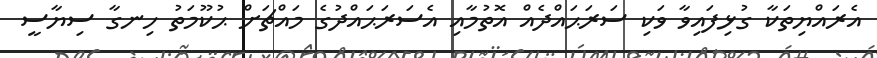
އެރައްޔިތަކާ ގުޅިފައިވާ ވަކި ސަރަޙައްދެއް އޮތުމާއި އެސަރަޙައްދުގެ މައްޗަށް ޙުކޫމަތު ހިނގާ ސިޔާސީ